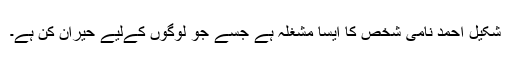
شکیل احمد نامی شخص کا ایسا مشغلہ ہے جسے جو لوگوں کےلیے حیران کن ہے۔